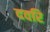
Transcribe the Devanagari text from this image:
दवरि